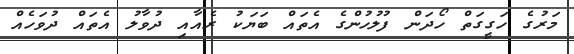
މަރުގެ ހަގީގަތް ހޯދަން ފުލުހުންގެ އެތައް ބަޔަކު ރެއާއި ދުވާލު އެތައް ދުވަހެއް